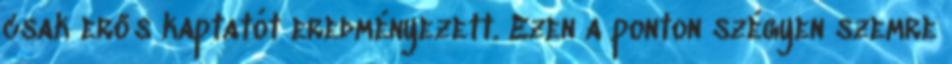
csak erős kaptatót eredményezett. Ezen a ponton szégyen szemre